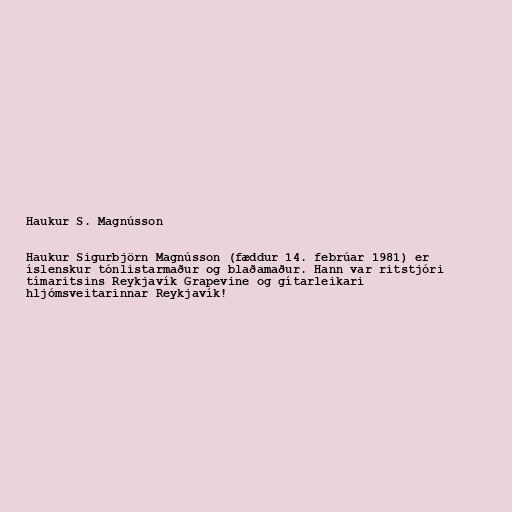
Haukur S. Magnússon

Haukur Sigurbjörn Magnússon (fæddur 14. febrúar 1981) er
íslenskur tónlistarmaður og blaðamaður. Hann var ritstjóri
tímaritsins Reykjavík Grapevine og gítarleikari
hljómsveitarinnar Reykjavík!